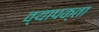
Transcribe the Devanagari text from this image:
व्यापक्ता